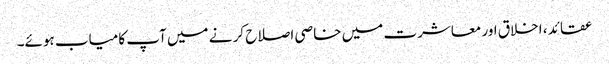
عقائد ، اخلاق اور معاشرت میں خاصی اصلاح کر نے میں آپ کامیاب ہوئے۔